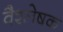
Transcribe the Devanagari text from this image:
वैश्लेषक